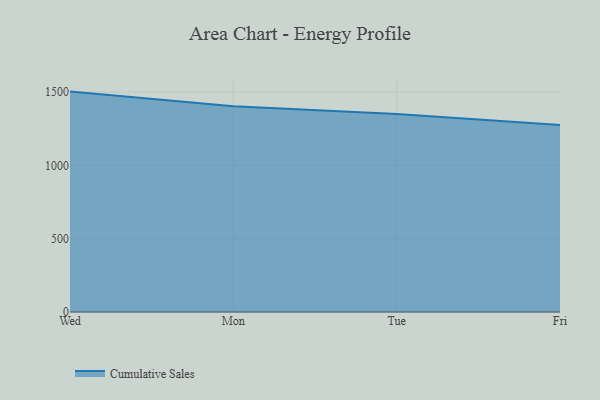
{"axis": {"x": "Day", "y": "Page Views"}, "legend": ["Cumulative Sales"], "data": [{"x": "Wed", "y": 1502.7, "type": "Cumulative Sales"}, {"x": "Mon", "y": 1402.2, "type": "Cumulative Sales"}, {"x": "Tue", "y": 1349.6, "type": "Cumulative Sales"}, {"x": "Fri", "y": 1275.3, "type": "Cumulative Sales"}]}